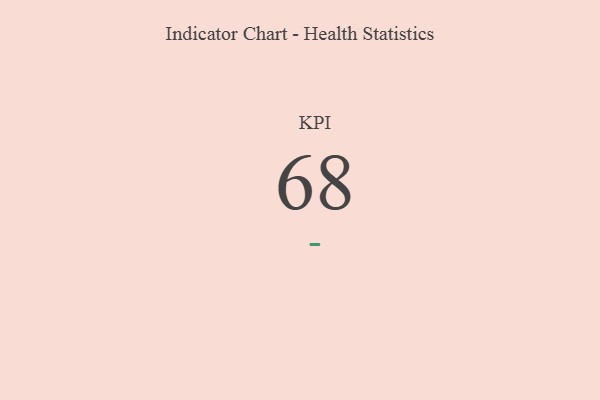
{"axis": {"x": "KPI", "y": "Value"}, "legend": [""], "data": [{"x": "KPI", "y": 68, "type": ""}]}